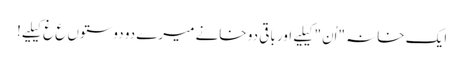
ایک خانہ "اُن" کیلیے اور باقی دو خانے میرے دو دوستوں ع غ کیلیے!